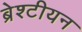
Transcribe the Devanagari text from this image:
ब्रेश्टीयन